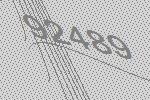
92489